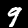
Label: 9